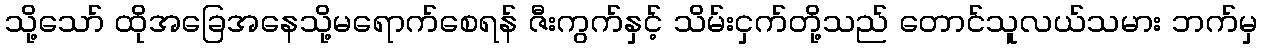
သို့သော် ထိုအခြေအနေသို့မရောက်စေရန် ဇီးကွက်နှင့် သိမ်းငှက်တို့သည် တောင်သူလယ်သမား ဘက်မှ